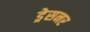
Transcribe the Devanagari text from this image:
ड्रेसनर